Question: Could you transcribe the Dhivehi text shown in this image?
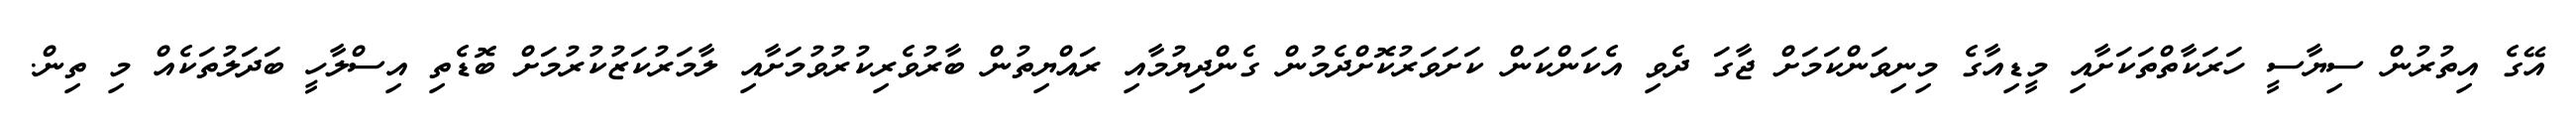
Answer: އޭގެ އިތުރުން ސިޔާސީ ހަރަކާތްތަކަށާއި މީޑިއާގެ މިނިވަންކަމަށް ޖާގަ ދެވި އެކަންކަން ކަށަވަރުކޮށްދެމުން ގެންދިޔުމާއި ރައްޔިތުން ބާރުވެރިކުރުވުމަށާއި ލާމަރުކަޒުކުރުމަށް ބޮޑެތި އިސްލާހީ ބަދަލުތަކެއް މި ތިން.